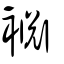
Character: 裫